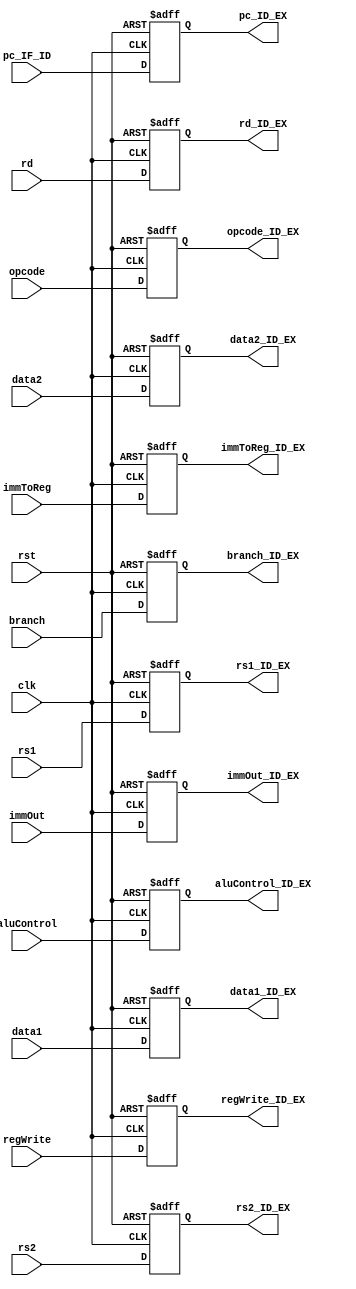
`timescale 1ns / 1ps
//////////////////////////////////////////////////////////////////////////////////
// Company: 
// Engineer: 
// 
// Design Name: 
// Module Name: ID_EX_pipeline
// Project Name: 
// Target Devices: 
// Tool Versions: 
// Description: 
// 
// Dependencies: 
// 
// Revision:
// Revision 0.01 - File Created
// Additional Comments:
// 
//////////////////////////////////////////////////////////////////////////////////


module ID_EX_pipeline(
    input clk, rst,
    input aluControl, 
    input [7:0] data1, data2, pc_IF_ID,
    input [2:0] rd, rs1, rs2,
    input regWrite, 
    input branch,
    input immToReg,
    input [7:0] immOut,
    input [1:0] opcode,
    
    output reg aluControl_ID_EX,
    output reg [7:0] data1_ID_EX, data2_ID_EX, pc_ID_EX,
    output reg [2:0] rd_ID_EX, rs1_ID_EX, rs2_ID_EX,
    output reg regWrite_ID_EX, 
    output reg branch_ID_EX, 
    output reg immToReg_ID_EX,
    output reg [7:0] immOut_ID_EX,
    output reg [1:0] opcode_ID_EX
    );
    
    always @(posedge clk, negedge rst) 
        begin 
            if(rst == 0) 
                begin
                    aluControl_ID_EX <= 0;
                    data1_ID_EX <= 0;
                    data2_ID_EX <= 0; 
                    rd_ID_EX <= 0;
                    regWrite_ID_EX <= 0; 
                    branch_ID_EX <= 0;
                    immToReg_ID_EX <= 0;
                    immOut_ID_EX <= 0;
                    pc_ID_EX <=0;
                    rs1_ID_EX <= 0;
                    rs2_ID_EX <= 0; 
                    opcode_ID_EX <= 0; 
                end 
            else 
                begin 
                    aluControl_ID_EX <= aluControl;
                    data1_ID_EX <= data1;
                    data2_ID_EX <= data2; 
                    rd_ID_EX <= rd;
                    regWrite_ID_EX <= regWrite;
                    branch_ID_EX <= branch;
                    immToReg_ID_EX <= immToReg;
                    immOut_ID_EX <= immOut;
                    pc_ID_EX <= pc_IF_ID;
                    rs1_ID_EX <= rs1; 
                    rs2_ID_EX <= rs2; 
                    opcode_ID_EX <= opcode; 
                end
        end
endmodule